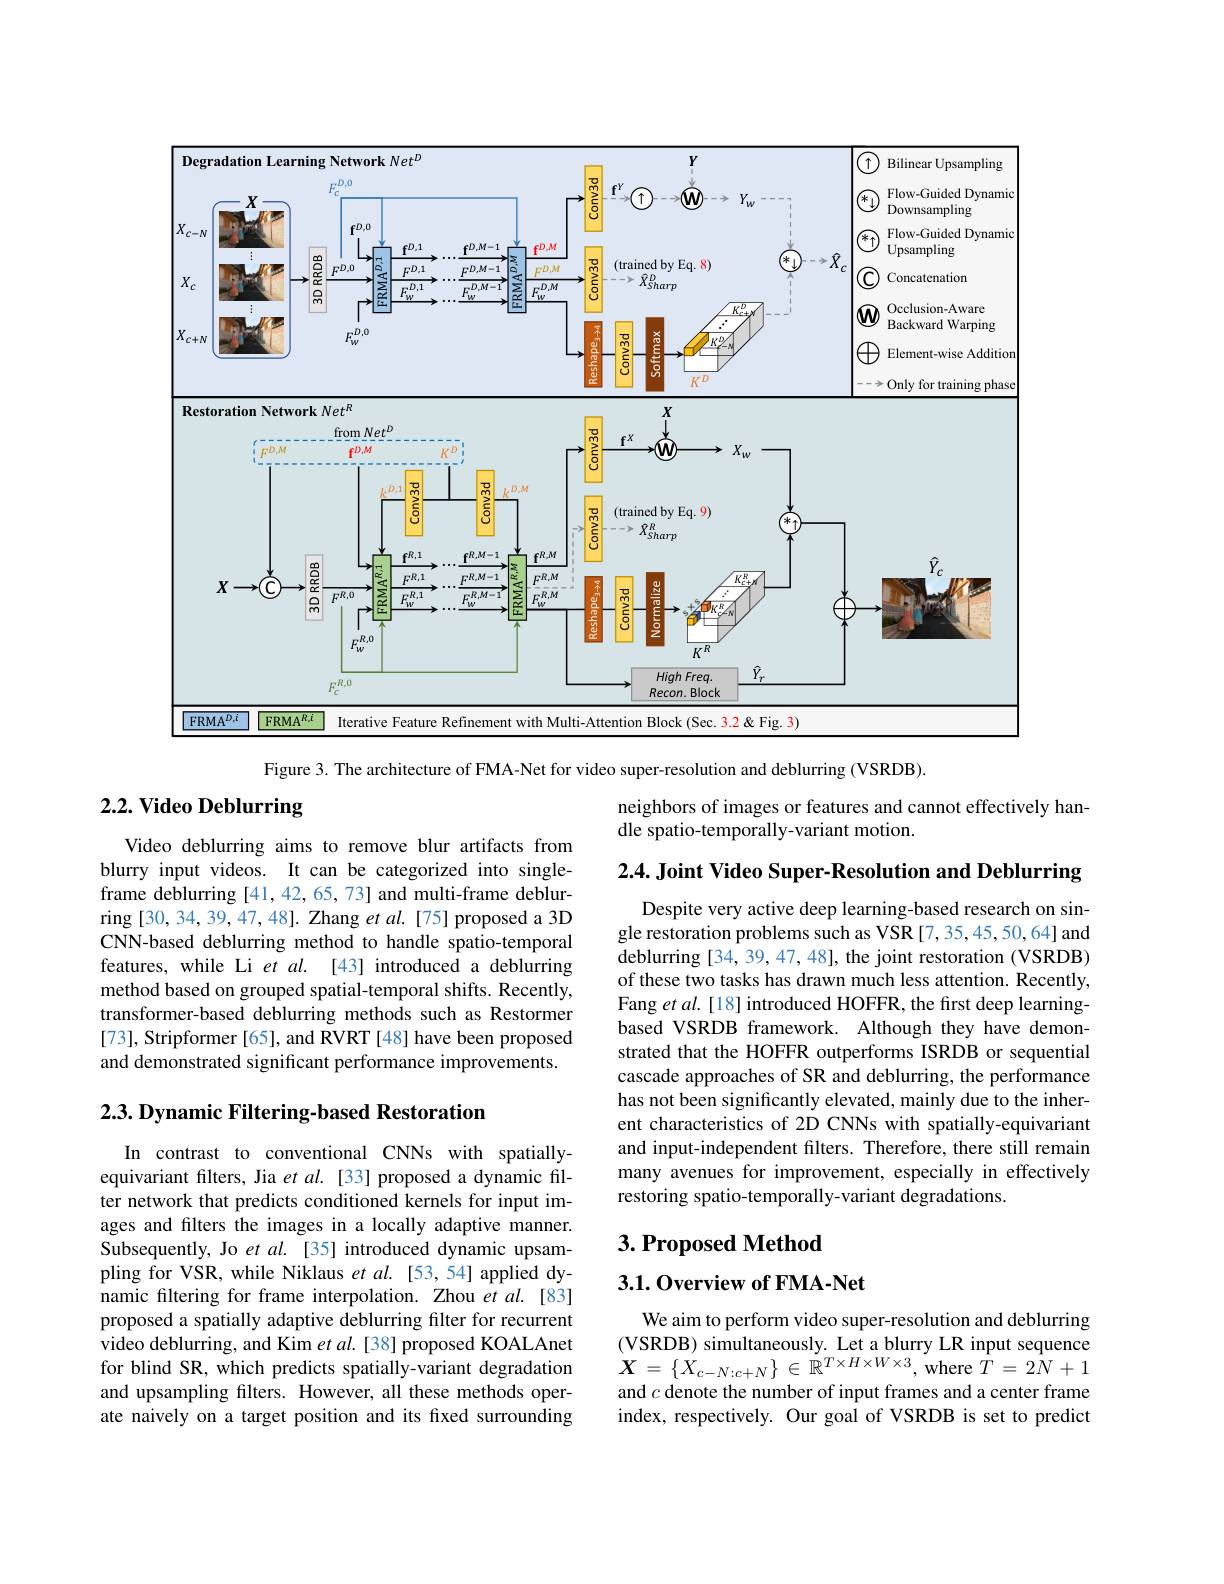
<FigureHere>

Figure 3. The architecture of FMA-Net for video super-resolution and deblurring (VSRDB).

# 2.2. Video Deblurring

neighbors of images or features and cannot effectively han-
dle spatio-temporally-variant motion.

2.4. Joint Video Super-Resolution and Deblurring

Video deblurring aims to remove blur artifacts from blurry input videos. It can be categorized into singleframe deblurring [41,42,65,73] and multi-frame deblurring [30,34,39,47,48]. Zhang et al.[75] proposed a 3D CNN-based deblurring method to handle spatio-temporal features, while Li et al. [43] introduced a deblurring method based on grouped spatial-temporal shifts. Recently, transformer-based deblurring methods such as Restormer [73], Stripformer [65], and RVRT [48] have been proposed and demonstrated significant performance improvements.

Despite very active deep learning-based research on single restoration problems such as VSR [7,35,45,50,64] and deblurring [34, 39, 47, 48], the joint restoration (VSRDB) of these two tasks has drawn much less attention. Recently, Fang et al. [18] introduced HOFFR, the first deep learningbased VSRDB framework. Although they have demonstrated that the HOFFR outperforms ISRDB or sequential cascade approaches of SR and deblurring, the performance has not been significantly elevated, mainly due to the inherent characteristics of 2D CNNs with spatially-equivariant and input-independent filters. Therefore, there still remain many avenues for improvement, especially in effectively restoring spatio-temporally-variant degradations.

$2. 3. \textbf{Dynamic Filtering- based Restoration}$

## $3. \textbf{Proposed Method}$

## 3.1.0verview of FMA-Net

In contrast to conventional CNNs with spatiallyequivariant filters, Jia $etal.$ [33] proposed a dynamic filter network that predicts conditioned kernels for input images and filters the images in a locally adaptive manner. Subsequently, Jo et al. [35] introduced dynamic upsampling for VSR, while Niklaus et al. [53,54] applied dynamic filtering for frame interpolation. Zhou et al.[83] proposed a spatially adaptive deblurring filter for recurrent video deblurring, and Kim $etal.$[38] proposed KOALAnet for blind SR, which predicts spatially-variant degradation and upsampling filters. However, all these methods operate naively on a target position and its fixed surrounding

We aim to perform video super-resolution and deblurring $\begin{array}{l}{(\mathrm{VSRDB)~simultaneously.~Let~a~blurry~LR~input~sequence}}\\{X=\{X_{c-N:c+N}\}\in\mathbb{R}^{T\times H\times W\times3},\mathrm{where~}T=2N+1}\end{array}$ and $c$ denote the number of input frames and a center frame index, respectively. Our goal of VSRDB is set to predict